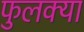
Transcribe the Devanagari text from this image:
फुलक्या